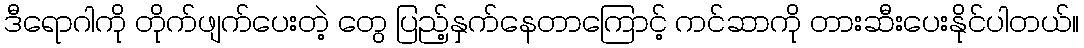
ဒီရောဂါကို တိုက်ဖျက်ပေးတဲ့ တွေ ပြည့်နှက်နေတာကြောင့် ကင်ဆာကို တားဆီးပေးနိုင်ပါတယ်။